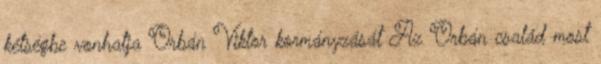
kétségbe vonhatja Orbán Viktor kormányzását Az Orbán család most